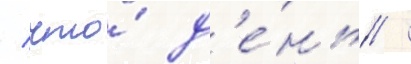
/ что́ д'е́нь /